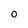
Character: 0